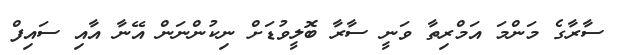
ސާރާގެ މަންމަ އަމްރިތާ ވަނީ ސާރާ ބޮލީވުޑަށް ނިކުންނަން އޭނާ އާއި ސައިފް